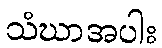
သံဃာအပါး